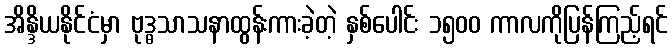
အိန္ဒိယနိုင်ငံမှာ ဗုဒ္ဓသာသနာထွန်းကားခဲ့တဲ့ နှစ်ပေါင်း ၁၅၀၀ ကာလကိုပြန်ကြည့်ရင်